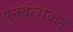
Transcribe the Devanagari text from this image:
पुनर्वलोकन